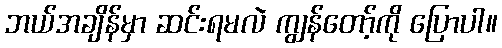
ဘယ်အချိန်မှာ ဆင်းရမလဲ ကျွန်တော့်ကို ပြောပါ။